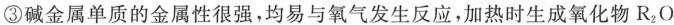
③碱金属单质的金属性很强，均易与氧气发生反应，加热时生成氧化物R_{2}O